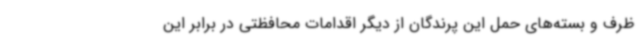
ظرف و بسته‌های حمل این پرندگان از دیگر اقدامات محافظتی در برابر این